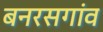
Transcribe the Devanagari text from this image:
बनरसगांव